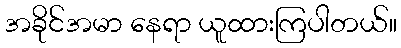
အခိုင်အမာ နေရာ ယူထားကြပါတယ်။